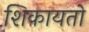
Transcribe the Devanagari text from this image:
शिकायतो